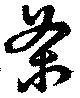
茶